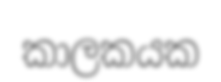
කාලකයක